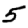
Digit: 5